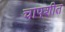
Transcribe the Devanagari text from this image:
चापशीत